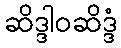
ဆိဒ္ဒါဝဆိဒ္ဒံ